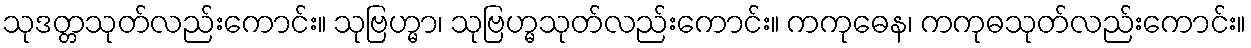
သုဒတ္တသုတ်လည်းကောင်း။ သုဗြဟ္မာ၊ သုဗြဟ္မသုတ်လည်းကောင်း။ ကကုဓေန၊ ကကုဓသုတ်လည်းကောင်း။